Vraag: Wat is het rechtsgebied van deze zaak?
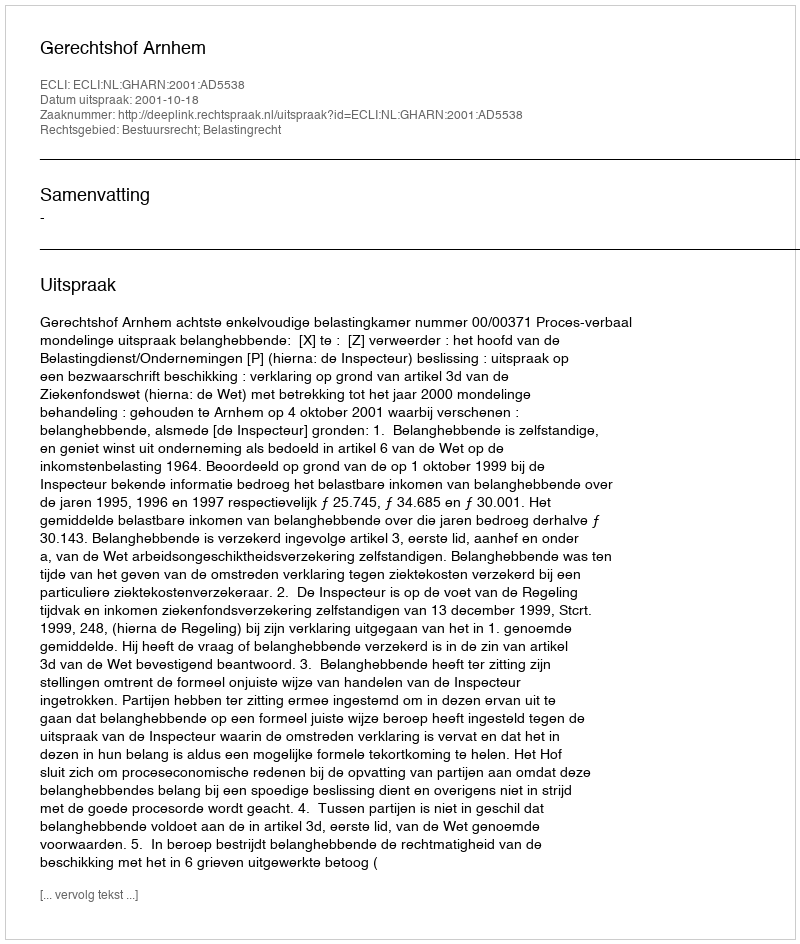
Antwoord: Bestuursrecht; Belastingrecht